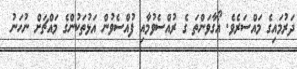
ދަރުމައިގެ މައްސަރެވެ. އޯގާވަންތަ ގެ ރުއްސެވުމާއި ފުއްސެވުން އަޅުތަކުންގެ މައްޗަށް ނުހަނު